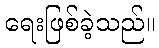
ရေးဖြစ်ခဲ့သည်။